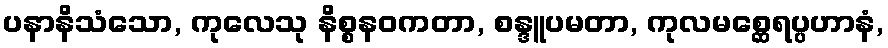
ပနာနိသံသော, ကုလေသု နိစ္စနဝကတာ, စန္ဒူပမတာ, ကုလမစ္ဆေရပ္ပဟာနံ,